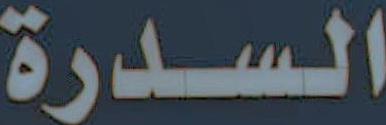
السدرة